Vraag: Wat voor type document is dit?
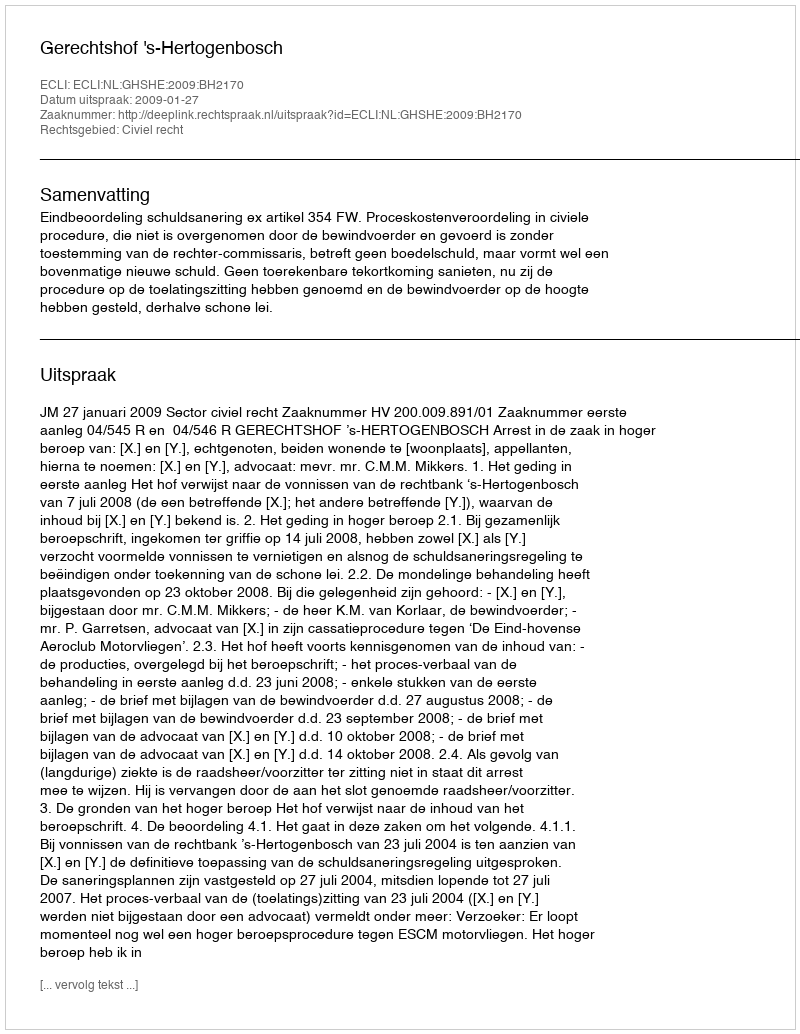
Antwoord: Uitspraak